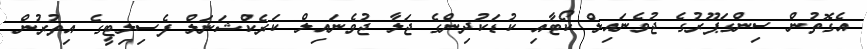
އެގޮތުން ސިންގަޕޫރުގެ ޖުވެނައިލް ކޯޓާއި ކުޑަކުދިންގެ ޖަލާ ޖުވެނައިލް ކަރެކްޝަނަލް ފެސިލިޓީގެ އިތުރުން